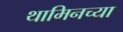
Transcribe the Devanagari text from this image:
थामिनच्या